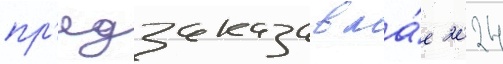
пр'едзаказа в ма́е 2024